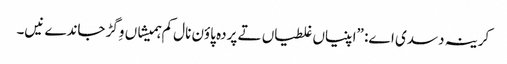
‏ کرینہ دسدی اے:‏ ”‏اپنیاں غلطیاں تے پردہ پاؤن نال کم ہمیشاں وِگڑ جاندے نیں۔